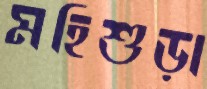
মহিশুড়া